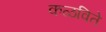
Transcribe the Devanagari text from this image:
कळविते